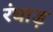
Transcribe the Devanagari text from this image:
रंघाड़